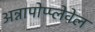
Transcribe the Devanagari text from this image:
अन्नापोप्प्लेवेल